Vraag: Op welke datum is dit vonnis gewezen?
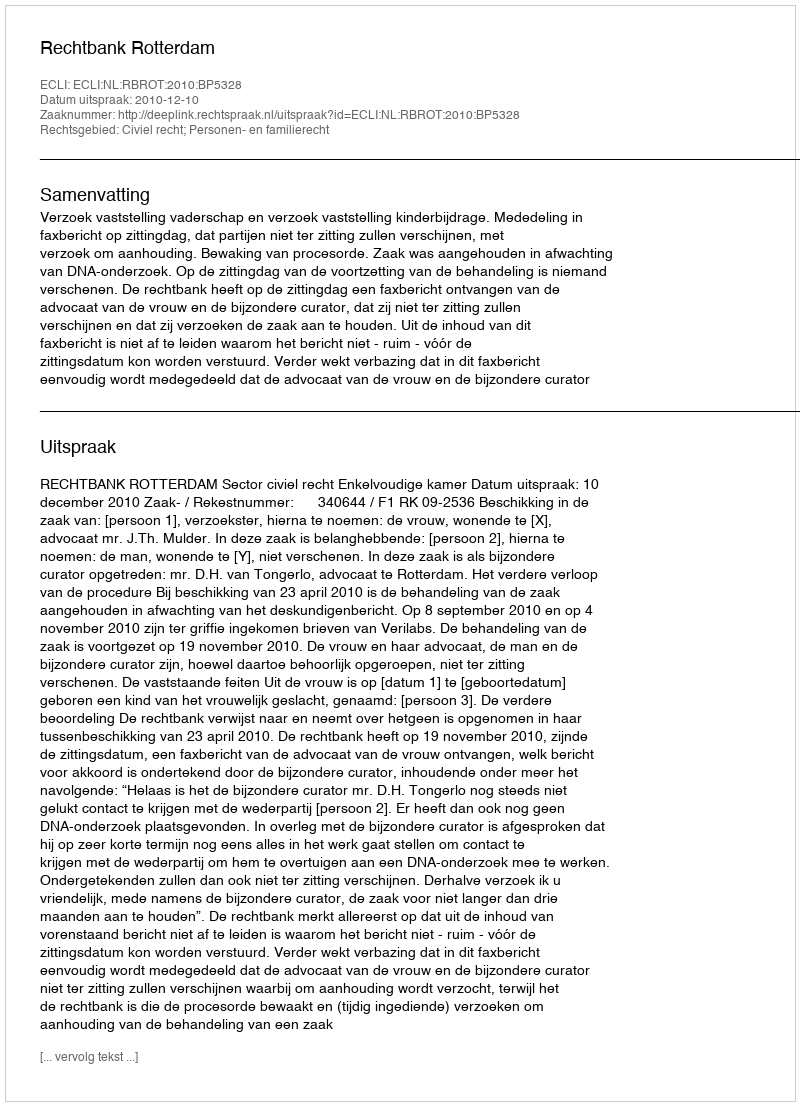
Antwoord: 2010-12-10